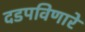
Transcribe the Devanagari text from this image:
दडपविणारे